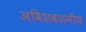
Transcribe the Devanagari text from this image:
अविशवशनीय